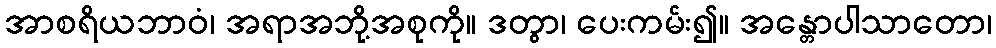
အာစရိယဘာဝံ၊ အရာအဘို့အစုကို။ ဒတွာ၊ ပေးကမ်း၍။ အန္တောပါသာတော၊